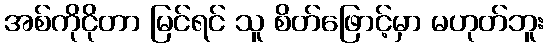
အစ်ကိုငိုတာ မြင်ရင် သူ စိတ်ဖြောင့်မှာ မဟုတ်ဘူး